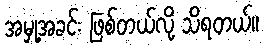
အမှု့အခင်း ဖြစ်တယ်လို့ သိရတယ်။